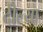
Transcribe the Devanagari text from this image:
दील्या